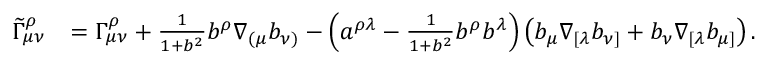
\begin{array} { r l } { \widetilde \Gamma _ { \mu \nu } ^ { \rho } } & { = \Gamma _ { \mu \nu } ^ { \rho } + \frac { 1 } { 1 + b ^ { 2 } } b ^ { \rho } \nabla _ { ( \mu } b _ { \nu ) } - \left( a ^ { \rho \lambda } - \frac { 1 } { 1 + b ^ { 2 } } b ^ { \rho } b ^ { \lambda } \right) \left( b _ { \mu } \nabla _ { [ \lambda } b _ { \nu ] } + b _ { \nu } \nabla _ { [ \lambda } b _ { \mu ] } \right) . } \end{array}